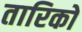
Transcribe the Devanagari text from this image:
तारिकों